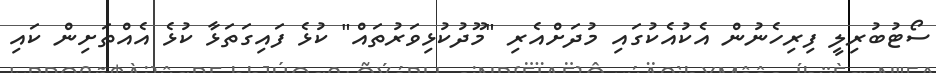
ސޯޓުބުރިލީ ފިރިހެނުން އެކުއެކުގައި މުދަށްއެރި "މޫދުކުޅިވަރުތައް" ކުޅެ ފައިގަތަޅާ ކުޅެ އެއްތަށިން ކައި